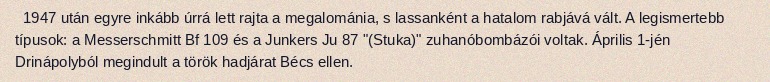
1947 után egyre inkább úrrá lett rajta a megalománia, s lassanként a hatalom rabjává vált. A legismertebb típusok: a Messerschmitt Bf 109 és a Junkers Ju 87 "(Stuka)" zuhanóbombázói voltak. Április 1-jén Drinápolyból megindult a török hadjárat Bécs ellen.